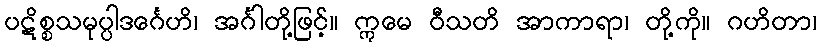
ပဋိစ္စသမုပ္ပါဒင်္ဂေဟိ၊ အင်္ဂါတို့ဖြင့်။ ဣမေ ဝီသတိ အာကာရာ၊ တို့ကို။ ဂဟိတာ၊